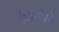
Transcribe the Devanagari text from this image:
गुइत्तोने